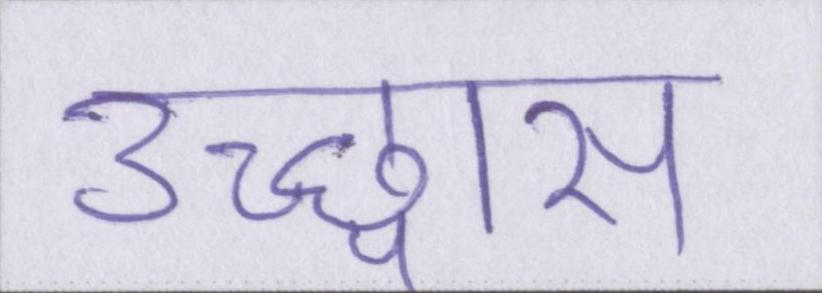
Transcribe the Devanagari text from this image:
उच्छ्वास